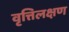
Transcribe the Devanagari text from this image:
वृत्तिलक्षण